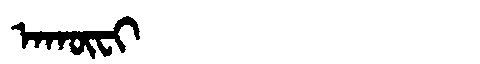
Manchu: ᠠᡴᡡᠸᡳ
Romanization: AKŪFI